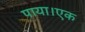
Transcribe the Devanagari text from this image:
पाया।एक